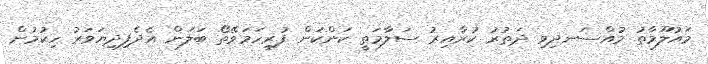
މައުލޫމާތު މުއްސަނދިވި ދަތުރު ކުރާއިރު ސަލާމަތީ ކަންކަން ފުރިހަމަވޭތޯ ބަލަން އެދެފިދިޔަވަރު ހިކުމުން